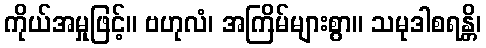
ကိုယ်အမှုဖြင့်။ ဗဟုလံ၊ အကြိမ်များစွာ။ သမုဒါစရန္တိ၊